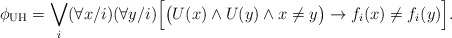
\begin{align*}\phi_\mathrm{UH} = \bigvee_i (\forall x/i) (\forall y/i) \Big[ \big(U(x) \land U(y) \land x \neq y \big) \to f_i(x) \neq f_i(y) \Big].\end{align*}